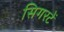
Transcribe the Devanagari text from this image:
सिगरटें